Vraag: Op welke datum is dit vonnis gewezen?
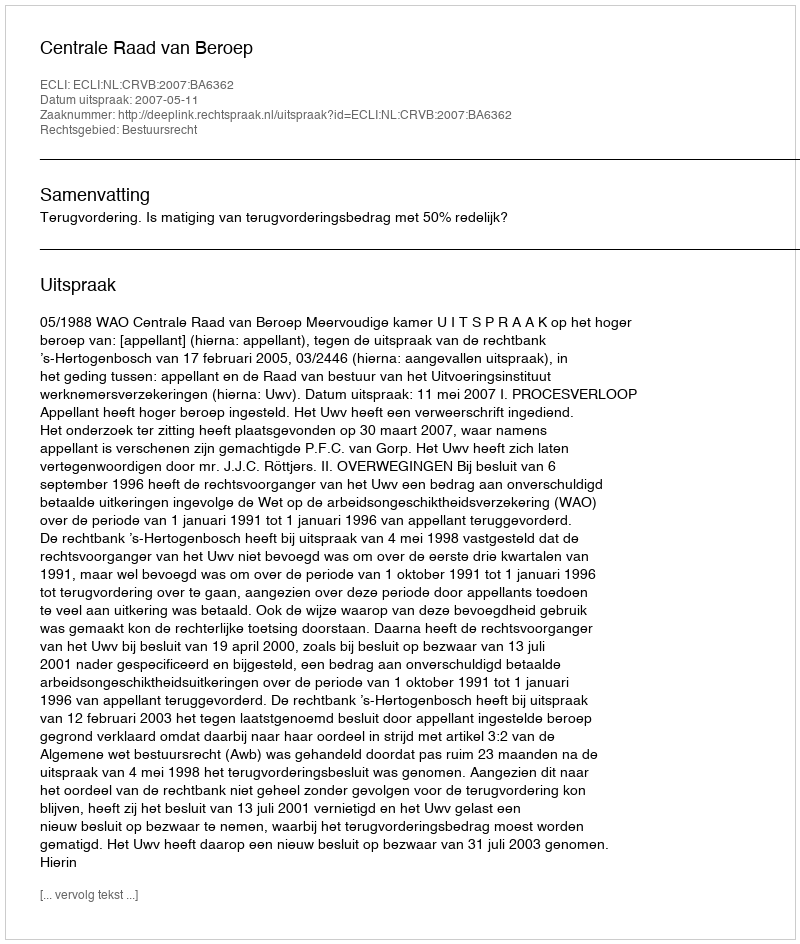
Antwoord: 2007-05-11